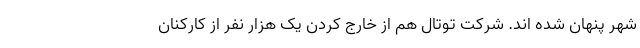
شهر پنهان شده اند. شرکت توتال هم از خارج کردن یک هزار نفر از کارکنان